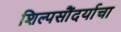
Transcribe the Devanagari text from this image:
शिल्पसौंदर्याचा